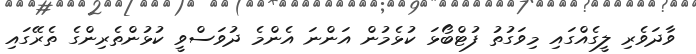
ވާދަވެރި ލީގެއްގައި މިވަގުތު ފުޓްބޯޅަ ކުޅެމުން އަންނަ އެންމެ ދުވަސްވީ ކުޅުންތެރިންގެ ތެރޭގައި